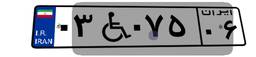
۸۹W۵۰۵۰۲